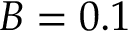
B = 0 . 1